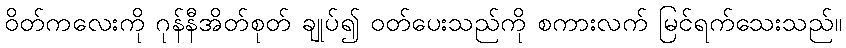
ဝိတ်ကလေးကို ဂုန်နီအိတ်စုတ် ချုပ်၍ ဝတ်ပေးသည်ကို စကားလက် မြင်ရက်သေးသည်။